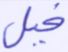
فيل